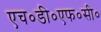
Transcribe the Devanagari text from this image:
एच०डी०एफ०सी०